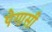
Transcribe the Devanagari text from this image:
पेगासी